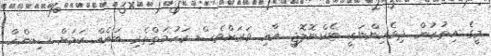
މީގެ އިތުރުން ދިވެހިންނަކީ ޓެކްނޮލޮޖީ އާއި ވަރަށްވެސް ރަހުމަތްތެރި ބައެއް ކަމަށް ސިންހް